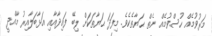
މަރުވުމެއް ހުސްވުމެއް ނެތް ޙަޔާތެކެވެ. މިފަދަ ޙަޔާތަކަށް ލިބޭ ފައިދާއާއި އަޅާބަލާއިރު މާއްދީ